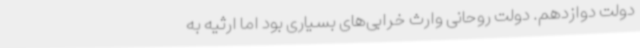
دولت دوازدهم. دولت روحانی وارث خرابی‌های بسیاری بود اما ارثیه به‌